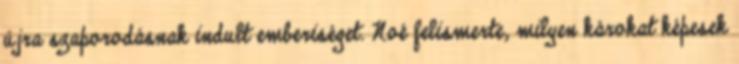
újra szaporodásnak indult emberiséget. Noé felismerte, milyen károkat képesek